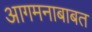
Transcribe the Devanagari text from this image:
आगमनाबाबत